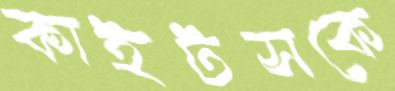
কাইটসকে